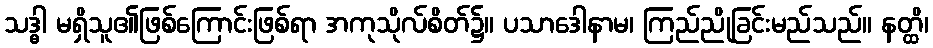
သဒ္ဓါ မရှိသူ၏ဖြစ်ကြောင်းဖြစ်ရာ အကုသိုလ်စိတ်၌။ ပသာဒေါနာမ၊ ကြည်ညိုခြင်းမည်သည်။ နတ္ထိ၊